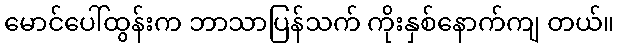
မောင်ပေါ်ထွန်းက ဘာသာပြန်သက် ကိုးနှစ်နောက်ကျ တယ်။